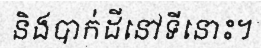
និងបាក់ដីនៅទីនោះ។